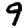
Digit: 9